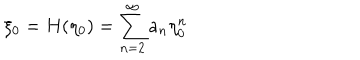
\xi _ { 0 } = H ( \eta _ { 0 } ) = \sum _ { n = 2 } ^ { \infty } a _ { n } \eta _ { 0 } ^ { n }